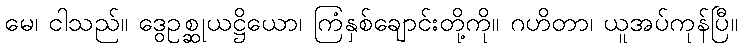
မေ၊ ငါသည်။ ဒွေဥစ္ဆုယဋ္ဌိယော၊ ကြံနှစ်ချောင်းတို့ကို။ ဂဟိတာ၊ ယူအပ်ကုန်ပြီ။